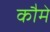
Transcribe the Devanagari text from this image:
कौमे